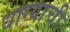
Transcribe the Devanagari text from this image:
धाग्याची